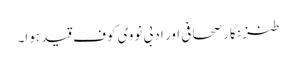
طنز نگار صحافی اور ادبی نووی کوف قید ہوا۔